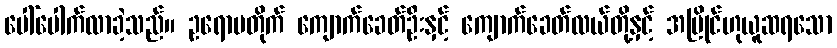
ပေါ်ပေါက်လာခဲ့သည်။ ဥရောပတိုက် ကျောက်ခေတ်ဦးနှင့် ကျောက်ခေတ်လယ်တို့နှင့် အပြိုင်ဟုယူဆရသော